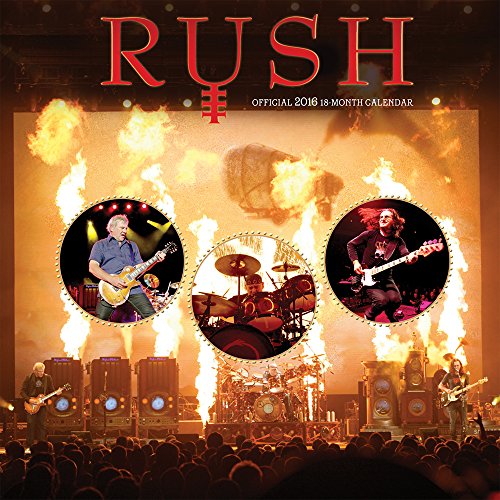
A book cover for Rush 2016 Square 12x12 Bravado; Browntrout Publishers; Arts & Photography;